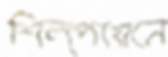
শিল্পায়নে